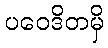
ပဝေဒိတမှိ